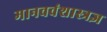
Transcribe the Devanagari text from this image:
मानववंशास्त्रज्ञ